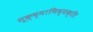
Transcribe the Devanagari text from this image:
सूक्ष्माभिव्यक्ति